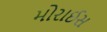
મોરાઈસ